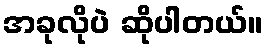
အခုလိုပဲ ဆိုပါတယ်။